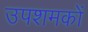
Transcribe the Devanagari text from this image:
उपशमकों